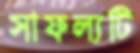
সাফল্যটি